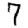
Digit: 7